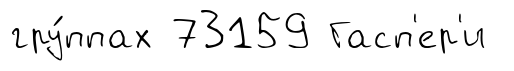
гру́ппах 73159 Гасп'ер'и